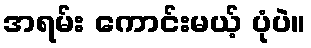
အရမ်း ကောင်းမယ့် ပုံပဲ။